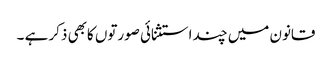
قانون میں چند استثنائی صورتوں کابھی ذکر ہے ۔